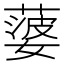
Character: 蔢